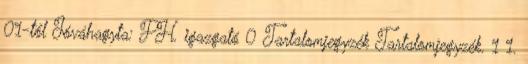
01-től Jóváhagyta: PH. igazgató 0 Tartalomjegyzék Tartalomjegyzék. 1 1.